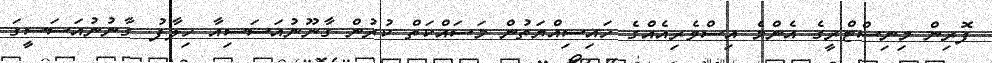
ފޮރިން މިނިސްޓްރީގެ އެންމެ އިސްވެރިއެއްގެ ހައިސިއްޔަތުން މަސައްކަތް ކުރުން ގާނޫނުއަސަސިއާ ހިލާފު. ގާނުނުއަސަސީގަ